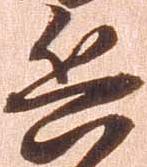
兵